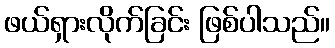
ဖယ်ရှားလိုက်ခြင်း ဖြစ်ပါသည်။